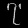
Digit: ၇